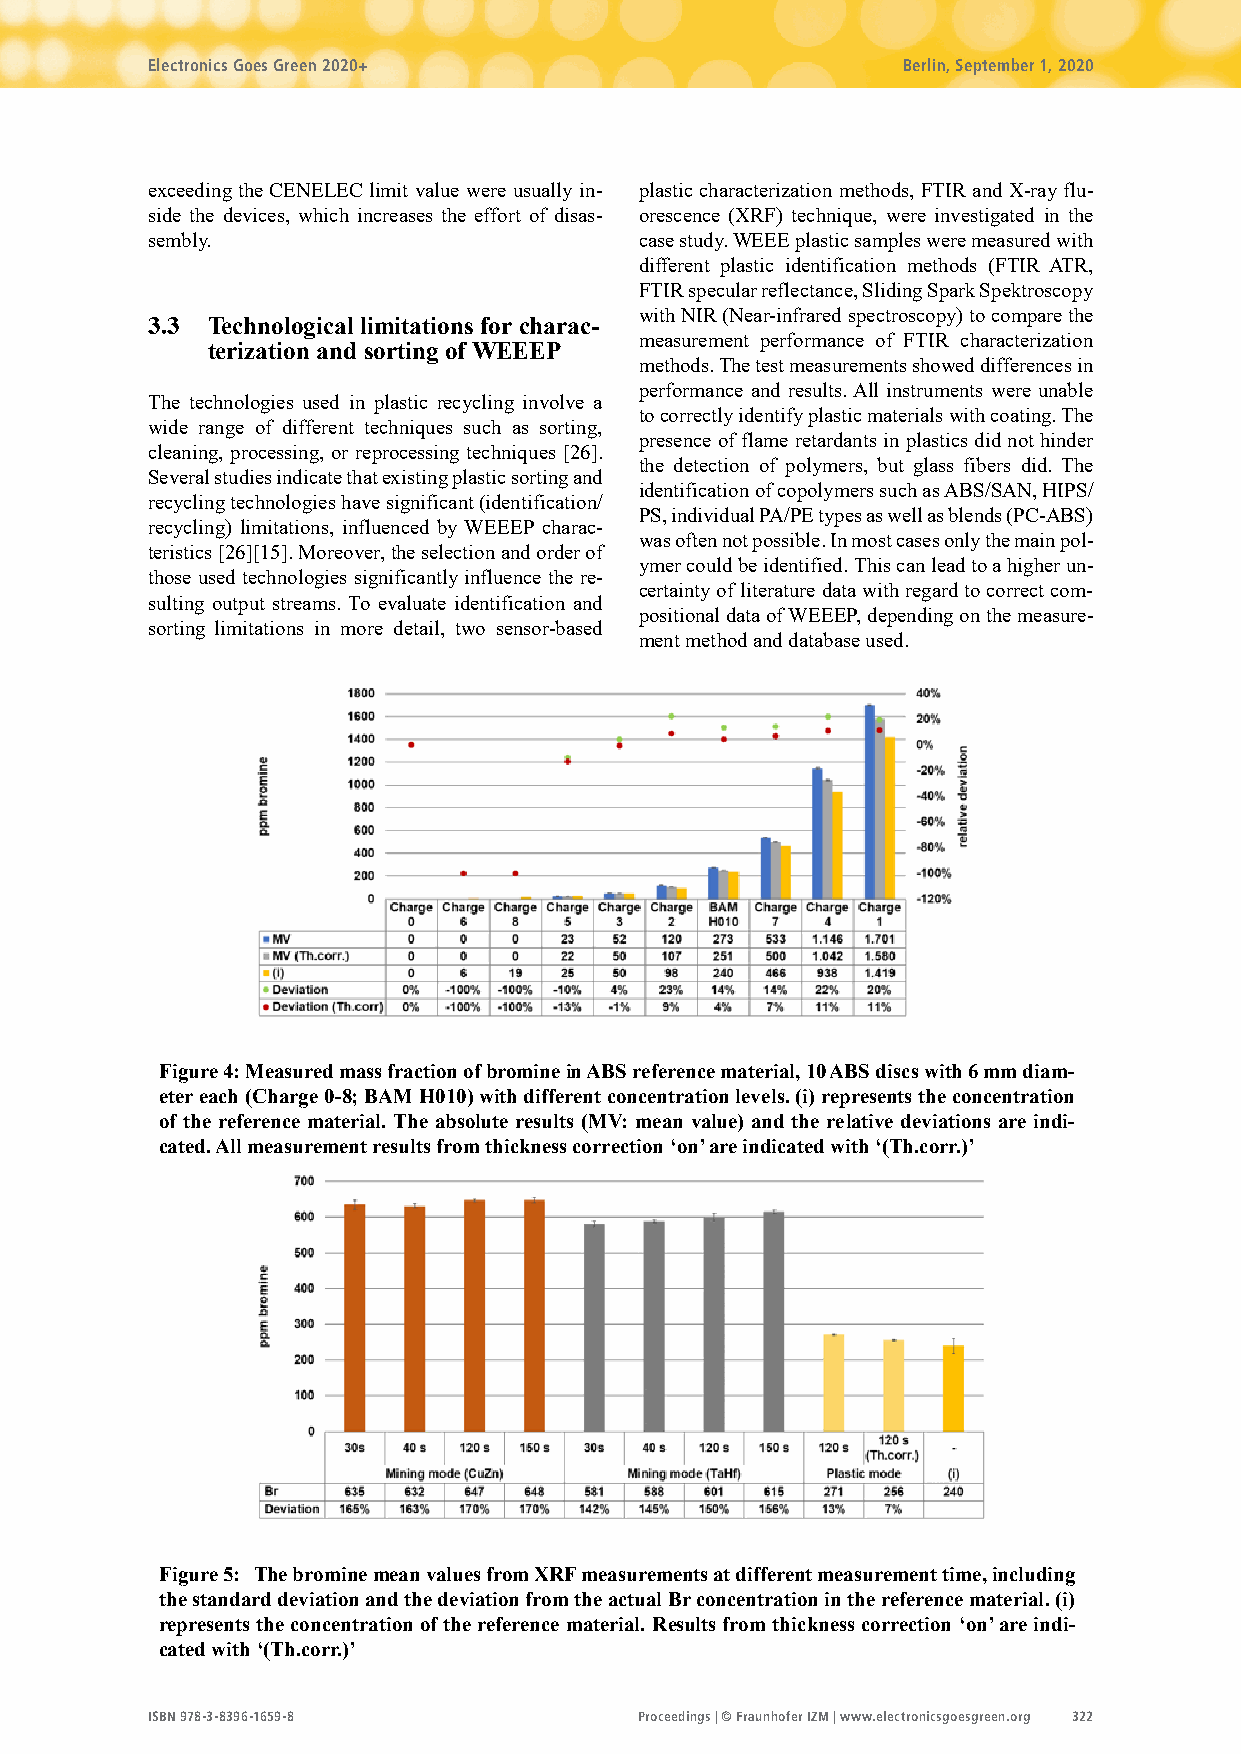
Electronics Goes Green 2020+                      Berlin, September 1, 2020
 exceeding the CENELEC limit value were usually in- plastic characterization methods, FTIR and X-ray flu-
 side the devices, which increases the effort of disas- orescence (XRF) technique, were investigated in the
 sembly.                         case study. WEEE plastic samples were measured with
 different plastic identification methods (FTIR ATR,
 FTIR specular reflectance, Sliding Spark Spektroscopy
 with NIR (Near-infrared spectroscopy) to compare the
 3.3 Technological limitations for charac-
 measurement performance of FTIR characterization
 terization and sorting of WEEEP
 methods. The test measurements showed differences in
 performance and results. All instruments were unable
 The technologies used in plastic recycling involve a
 to correctly identify plastic materials with coating. The
 wide range of different techniques such as sorting,
 presence of flame retardants in plastics did not hinder
 cleaning, processing, or reprocessing techniques [26].
 the detection of polymers, but glass fibers did. The
 Several studies indicate that existing plastic sorting and
 identification of copolymers such as ABS/SAN, HIPS/
 recycling technologies have significant (identification/
 PS, individual PA/PE types as well as blends (PC-ABS)
 recycling) limitations, influenced by WEEEP charac-
 was often not possible. In most cases only the main pol-
 teristics [26][15]. Moreover, the selection and order of
 ymer could be identified. This can lead to a higher un-
 those used technologies significantly influence the re-
 certainty of literature data with regard to correct com-
 sulting output streams. To evaluate identification and
 positional data of WEEEP, depending on the measure-
 sorting limitations in more detail, two sensor-based
 ment method and database used.
 Figure 4: Measured mass fraction of bromine in ABS reference material, 10 ABS discs with 6 mm diam-
 eter each (Charge 0-8; BAM H010) with different concentration levels. (i) represents the concentration
 of the reference material. The absolute results (MV: mean value) and the relative deviations are indi-
 cated. All measurement results from thickness correction ‘on’ are indicated with ‘(Th.corr.)’
 Figure 5: The bromine mean values from XRF measurements at different measurement time, including
 the standard deviation and the deviation from the actual Br concentration in the reference material. (i)
 represents the concentration of the reference material. Results from thickness correction ‘on’ are indi-
 cated with ‘(Th.corr.)’
 ISBN 978-3-8396-1659-8          Proceedings | © Fraunhofer IZM | www.electronicsgoesgreen.org 322